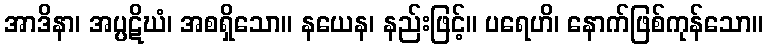
အာဒိနာ၊ အပ္ပဋိဃံ၊ အစရှိသော။ နယေန၊ နည်းဖြင့်။ ပရေဟိ၊ နောက်ဖြစ်ကုန်သော။